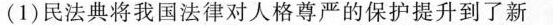
(1)民法典将我国法律对人格尊严的保护提升到了新